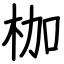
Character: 枷